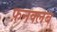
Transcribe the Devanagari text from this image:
फ़नक्लब